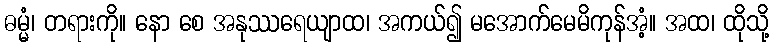
ဓမ္မံ၊ တရားကို။ နော စေ အနုဿရေယျာထ၊ အကယ်၍ မအောက်မေမိကုန်အံ့။ အထ၊ ထိုသို့